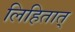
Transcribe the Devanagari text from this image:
लिहितात्